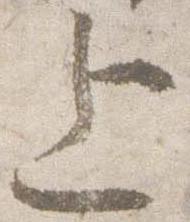
上